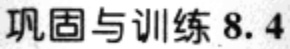
巩固与训练 8.4